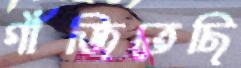
গাঁজিতেছি